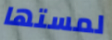
لمستها